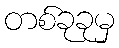
တစ်ခုခုမှ